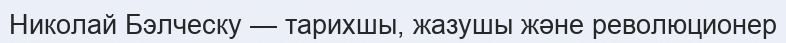
Николай Бэлческу — тарихшы, жазушы және революционер